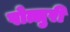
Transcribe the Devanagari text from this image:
पोत्लुरी